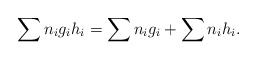
\begin{align*} \sum n_i g_i h_i = \sum n_i g_i +\sum n_i h_i.\end{align*}